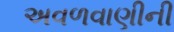
અવળવાણીની